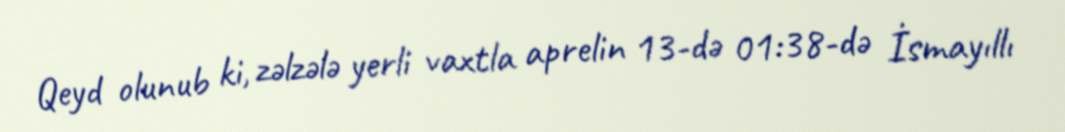
Qeyd olunub ki, zəlzələ yerli vaxtla aprelin 13-də 01:38-də İsmayıllı